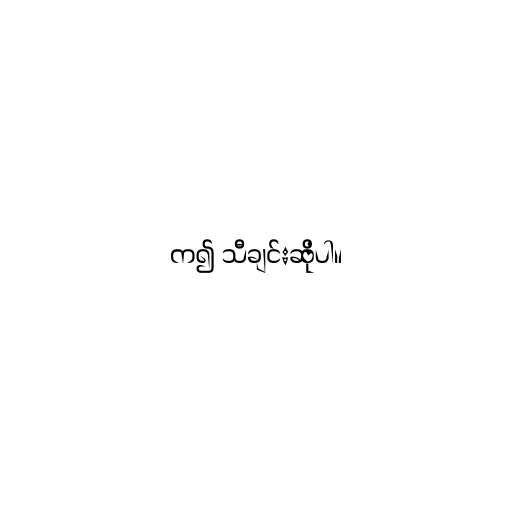
က၍ သီချင်းဆိုပါ။